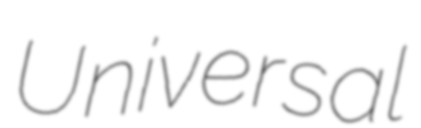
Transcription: Universal